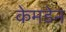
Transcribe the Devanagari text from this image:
केमडेन